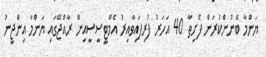
ޔަންމާ ބޭނުންކުރަން ފެށިތާ 40 އަހަރު ފުރިފައިވާއިރު އެމްޓީސީސީއިން ރާއްޖޭގައި ޔަންމާ އިންޖީނު